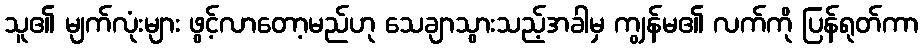
သူ၏ မျက်လုံးများ ဖွင့်လာတော့မည်ဟု သေချာသွားသည့်အခါမှ ကျွန်မ၏ လက်ကို ပြန်ရုတ်ကာ